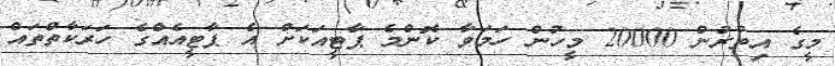
މީގެ އިތުރުން 20000 މީހުން ހަމަވާ ކޮންމެ ޕާޓީއަކަށް އެ ޕާޓީއެއްގެ ހަރަކާތްތައް